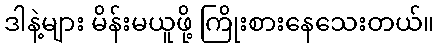
ဒါနဲ့များ မိန်းမယူဖို့ ကြိုးစားနေသေးတယ်။